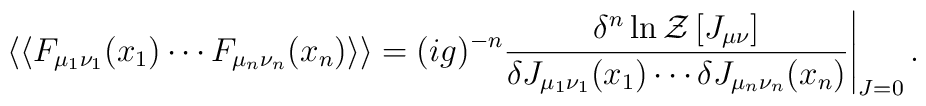
\left.\left<\left<F_{\mu_1\nu_1}(x_1)\cdots F_{\mu_n\nu_n}(x_n)\right>\right>=(ig)^{-n}\frac{\delta^n\ln {\cal Z}\left[J_{\mu\nu}\right]}{\delta J_{\mu_1\nu_1}(x_1)\cdots \delta J_{\mu_n\nu_n}(x_n)}\right|_{J=0}.